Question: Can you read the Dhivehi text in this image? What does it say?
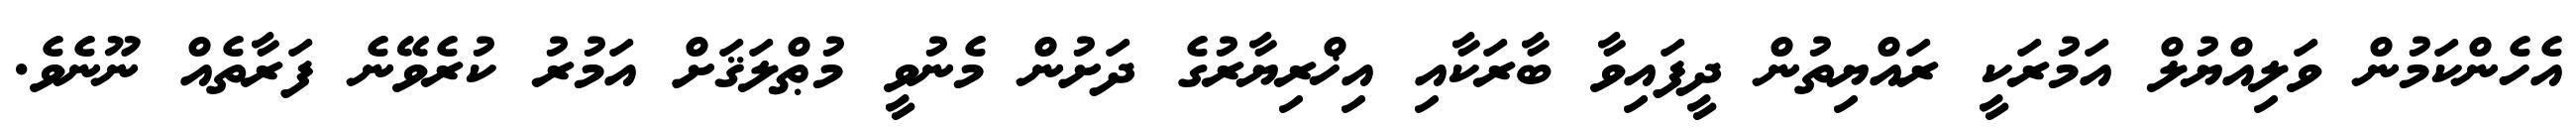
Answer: އެހެންކަމުން ވަލިއްޔުލް އަމުރަކީ ރައްޔިތުން ދީފައިވާ ބާރަކާއި އިޚްރިޔާރުގެ ދަށުން މެނުވީ މުޠްލަޤަށް އަމުރު ކުރެވޭނެ ފަރާތެއް ނޫނެވެ.